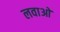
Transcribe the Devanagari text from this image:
लवाओ